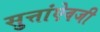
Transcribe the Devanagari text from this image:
सुत्तांऐवजी